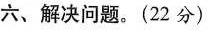
六、解决问题。(22分)